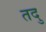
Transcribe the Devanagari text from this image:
तदु